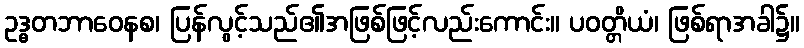
ဥဒ္ဓတဘာဝေနစ၊ ပြန်လွင့်သည်၏အဖြစ်ဖြင့်လည်းကောင်း။ ပဝတ္တိယံ၊ ဖြစ်ရာအခါ၌။